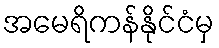
အမေရိကန်နိုင်ငံမှ